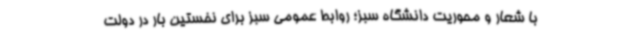
با شعار و محوریت دانشگاه سبز؛ روابط عمومی سبز برای نخستین بار در دولت